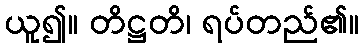
ယူ၍။ တိဋ္ဌတိ၊ ရပ်တည်၏။